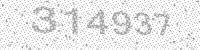
Solution: 314937